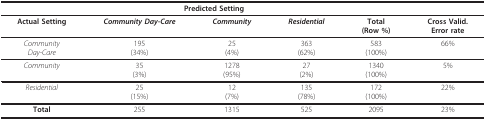
<table><thead><tr><td></td><td colspan="3"><b>Predicted Setting</b></td><td></td><td></td></tr></thead><tbody><tr><td><b>Actual Setting</b></td><td><b><i>Community Day-Care</i></b></td><td><b><i>Community</i></b></td><td><b><i>Residential</i></b></td><td><b>Total</b><b>(Row %)</b></td><td><b>Cross Valid</b>.<b>Error rate</b></td></tr><tr><td><i>Community</i><i>Day-Care</i></td><td>195(34%)</td><td>25(4%)</td><td>363(62%)</td><td>583(100%)</td><td>66%</td></tr><tr><td><i>Community</i></td><td>35(3%)</td><td>1278(95%)</td><td>27(2%)</td><td>1340(100%)</td><td>5%</td></tr><tr><td><i>Residential</i></td><td>25(15%)</td><td>12(7%)</td><td>135(78%)</td><td>172(100%)</td><td>22%</td></tr><tr><td><b>Total</b></td><td>255</td><td>1315</td><td>525</td><td>2095</td><td>23%</td></tr></tbody></table>